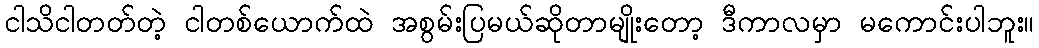
ငါသိငါတတ်တဲ့ ငါတစ်ယောက်ထဲ အစွမ်းပြမယ်ဆိုတာမျိုးတော့ ဒီကာလမှာ မကောင်းပါဘူး။